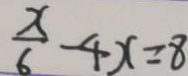
\frac { x } { 6 } - 4 x = 8